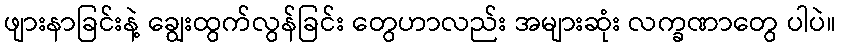
ဖျားနာခြင်းနဲ့ ချွေးထွက်လွန်ခြင်း တွေဟာလည်း အများဆုံး လက္ခဏာတွေ ပါပဲ။